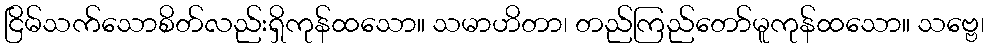
ငြိမ်သက်သောစိတ်လည်းရှိကုန်ထသော။ သမာဟိတာ၊ တည်ကြည်တော်မူကုန်ထသော။ သဗ္ဗေ၊